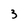
Character: 3